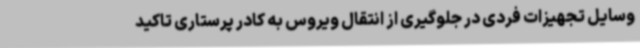
وسایل تجهیزات فردی در جلوگیری از انتقال ویروس به کادر پرستاری تاکید